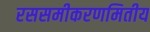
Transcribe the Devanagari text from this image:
रससमीकरणमितीय